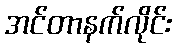
အင်တာနက်လိုင်း